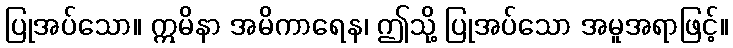
ပြုအပ်သော။ ဣမိနာ အမိကာရေန၊ ဤသို့ ပြုအပ်သော အမူအရာဖြင့်။